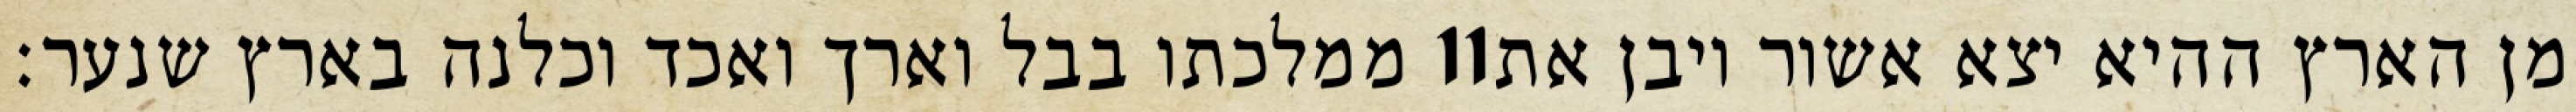
ממלכתו בבל וארך ואכד וכלנה בארץ שנער׃ ‎11‏ מן הארץ ההיא יצא אשור ויבן את